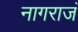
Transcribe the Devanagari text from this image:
नागराजं